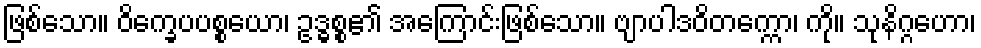
ဖြစ်သော။ ဝိက္ခေပပစ္စယော၊ ဥဒ္ဓစ္စ၏ အကြောင်းဖြစ်သော။ ဗျာပါဒဝိတက္ကော၊ ကို။ သုနိဂ္ဂဟော၊